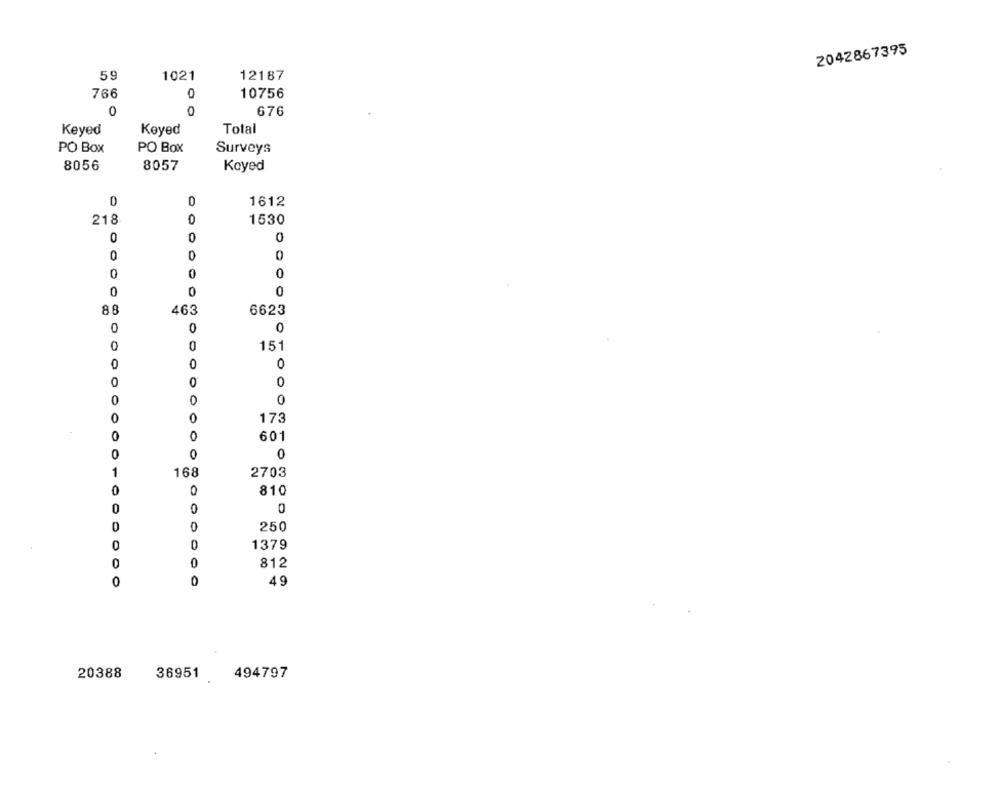
2042867395
59
1021
12187
766
10756
0
0
676
Keyed
Keyed
Total
PO Box
PO Box
Surveys
8056
8057
Koyed
1612
218
1530
0
0
0
D
0
0
0
0
88
463
6623
0
0
0
0
151
0
0
0
0
0
0
0
0
173
0
0
601
0
0
0
1
168
2703
0
0
810
0
0
250
0
1379
812
0
49
20388
36951
494797